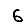
Digit: 6